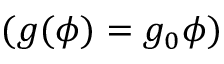
( g ( \phi ) = g _ { 0 } \phi )